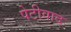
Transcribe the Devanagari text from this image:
पेटीवाद